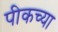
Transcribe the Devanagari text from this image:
पीकच्या